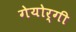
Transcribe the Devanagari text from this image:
गेयोर्गी